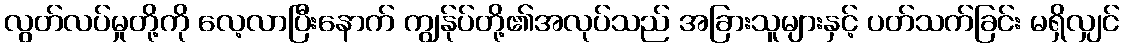
လွတ်လပ်မှုတို့ကို လေ့လာပြီးနောက် ကျွန်ုပ်တို့၏အလုပ်သည် အခြားသူများနှင့် ပတ်သက်ခြင်း မရှိလျှင်